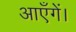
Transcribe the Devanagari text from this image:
आएँगें।